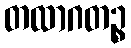
တထာဂတဉ္စ